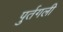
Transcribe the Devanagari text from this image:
पुर्तगली